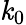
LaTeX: \mathit{k}_{0}